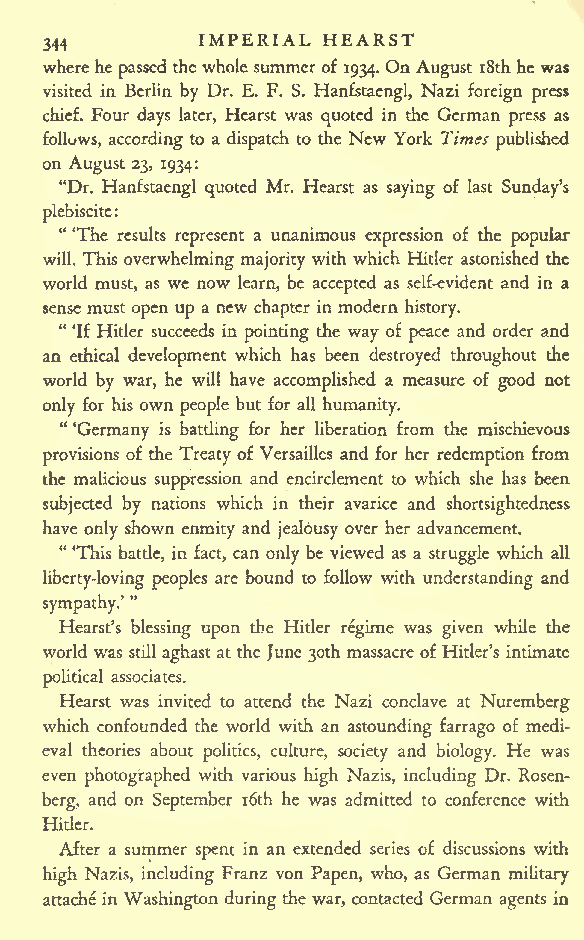
IMPERIAL HEARST
 344
 wherehe passedthewhole summer of 1934. On August i8thhe was
 visited in Berlin by Dr. E. F. S. Hanfstaengl, Nazi foreign press
 chief. Four days later, Hearst was quoted in the German press as
 follows, according to a dispatch to the New York Times published
 on August 23, 1934:
 "Dr. Hanfstaengl quoted Mr. Hearst as saying of last Sunday's
 plebiscite:
 " 'The results represent a unanimous expression of the popular
 will. This overwhelming majority with which Hitler astonished the
 world must, as we now learn, be accepted as self-evident and in a
 sense must open up a new chapter in modern history.
 " 'If Hitler succeeds in pointing the way of peace and order and
 an ethical development which has been destroyed throughout the
 world by war, he will have accomplished a measure of good not
 only for his own people but for all humanity.
 " 'Germany is battling for her liberation from the mischievous
 provisions of the Treaty of Versailles and for her redemption from
 the malicious suppression and encirclement to which she has been
 subjected by nations which in their avarice and shortsightedness
 have only shown enmity and jealousy over her advancement.
 "'This battle, in fact, can only be viewed as a struggle which all
 liberty-loving peoples are bound to follow with understanding and
 "
 sympathy.'
 Hearst's blessing upon the Hitler regime was given while the
 world was still aghast at the June 30th massacre of Hitler's intimate
 political associates.
 Hearst was invited to attend the Nazi conclave at Nuremberg
 which confounded the world with an astounding farrago of medi-
 eval theories about politics, culture, society and biology. He was
 even photographed with various high Nazis, including Dr. Rosen-
 berg, and on September i6th he was admitted to conference with
 Hitler.
 After a summer spent in an extended series of discussions with
 high Nazis, including Franz von Papen, who, as German military
 attache in Washington during the war, contacted German agents in